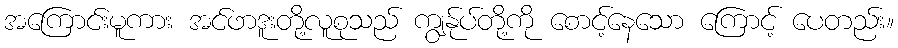
အကြောင်းမူကား အင်ဖာဒူးတို့လူစုသည် ကျွန်ုပ်တို့ကို စောင့်နေသော ကြောင့် ပေတည်း။